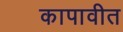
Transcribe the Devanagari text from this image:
कापावीत